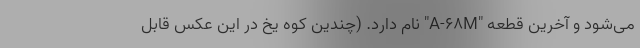
می‌شود و آخرین قطعه "A-۶۸M" نام دارد. (چندین کوه یخ در این عکس قابل